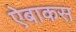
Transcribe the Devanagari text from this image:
ऐबाकस